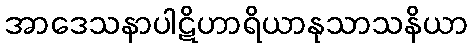
အာဒေသနာပါဋိဟာရိယာနုသာသနိယာ